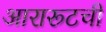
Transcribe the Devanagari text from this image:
आरारूटची